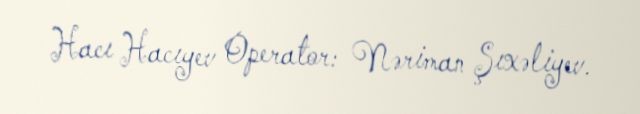
Hacı Hacıyev Operator: Nəriman Şıxəliyev.